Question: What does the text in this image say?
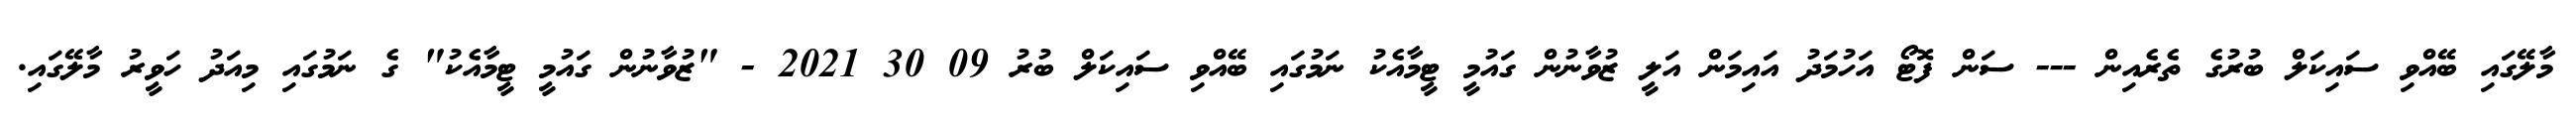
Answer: މާލޭގައި ބޭއްވި ސައިކަލް ބުރުގެ ތެރެއިން --- ސަން ފޮޓޯ އަހުމަދު އައިމަން އަލީ ޒުވާނުން ގައުމީ ޓީމާއެކު ނަމުގައި ބޭއްވި ސައިކަލް ބުރު 09 30 2021 - "ޒުވާނުން ގައުމީ ޓީމާއެކު" ގެ ނަމުގައި މިއަދު ހަވީރު މާލޭގައި.